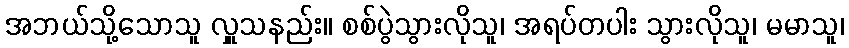
အဘယ်သို့သောသူ လှူသနည်း။ စစ်ပွဲသွားလိုသူ၊ အရပ်တပါး သွားလိုသူ၊ မမာသူ၊